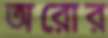
অরোর